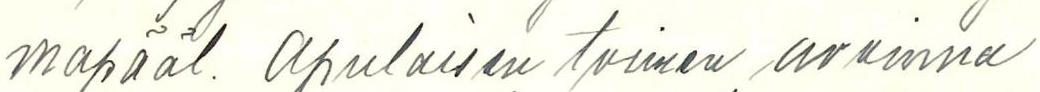
mapääl. apulaisen toimen avoinna